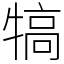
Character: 犒